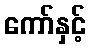
ကော်နှင့်